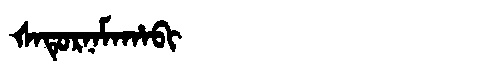
Manchu: ᡧᠠᡨᡠᡵᠨᠠᠮᠠᡥᠠᠪᡳ
Romanization: ŠATURNAMAHABI